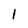
Character: l